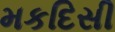
મકદિસી